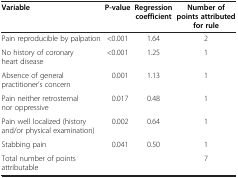
<table><thead><tr><td><b>Variable</b></td><td><b>P-value</b></td><td><b>Regression coefficient</b></td><td><b>Number ofpoints attributed forrule</b></td></tr></thead><tbody><tr><td>Pain reproducible by palpation</td><td>&lt;0.001</td><td>1.64</td><td>2</td></tr><tr><td>No history of coronary heart disease</td><td>&lt;0.001</td><td>1.25</td><td>1</td></tr><tr><td>Absence of general practitioner’s concern</td><td>0.001</td><td>1.13</td><td>1</td></tr><tr><td>Pain neither retrosternal nor oppressive</td><td>0.017</td><td>0.48</td><td>1</td></tr><tr><td>Pain well localized (history and/or physical examination)</td><td>0.002</td><td>0.64</td><td>1</td></tr><tr><td>Stabbing pain</td><td>0.041</td><td>0.50</td><td>1</td></tr><tr><td>Total number of points attributable</td><td> </td><td> </td><td>7</td></tr></tbody></table>